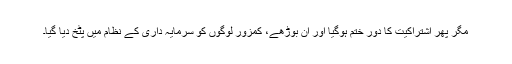
مگر پھر اشتراکیت کا دور ختم ہوگیا اور ان بوڑھے، کمزور لوگوں کو سرمایہ داری کے نظام میں پٹخ دیا گیا۔